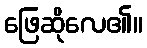
ဖြေဆိုလေ၏။